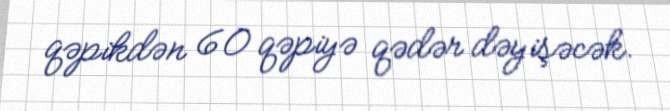
qəpikdən 60 qəpiyə qədər dəyişəcək.